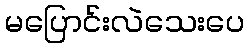
မပြောင်းလဲသေးပေ